Annual report on the lock hospitals of the Madras Presidency
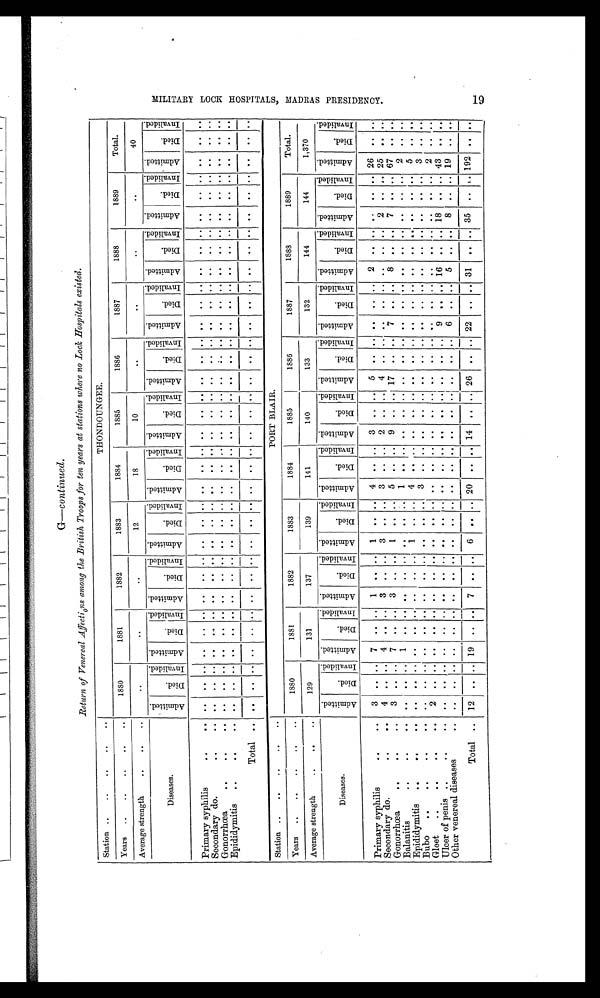
G—continued.
Return of Venereal Affections among the British Troops for ten years at stations where no Lock Hospitals existed.
Station ..
..
. .
. .
Years ..
. .
. . ..
1880
1881
1882
1883
1884
1885
1886
1887
1888
1889
Total.
Average strength
..
..
. .
. .
. .
. . 12
18
10
. .
..
. .
..
40
Diseases.
A d m i t t e d .
D i e d .
I n v a l i d e d .
A d m i t t e d .
D i e d .
I n v a l i d e d .
A d m i t t e d .
D i e d .
I n v a l i d e d .
A d m i t t e d .
D i e d .
I n v a l i d e d .
A d m i t t e d .
D i e d .
I n v a l i d e d .
A d m i t t e d .
D i e d .
I n v a l i d e d .
A d m i t t e d .
D i e d .
I n v a l i d e d .
A d m i t t e d .
D i e d .
I n v a l i d e d .
A d m i t t e d .
D i e d .
I n v a l i d e d .
A d m i t t e d .
D i e d .
I n v a l i d e d . A d m i t t e d .
D i e d .
I n v a l i d e d .
Primary syphilis
. .
. . . . ..
. . . .
. . . .
. .
. . . .
. .
. . . .
. .
. . . .
. .
. . . . . .
. . . . ..
. .
. . . .
. .
. .
. .
. .
. .
. .
. . . .
Secondary do.
. . .. . .
. .
. .
. .
. . . .
. .
. . . .
. .
. . . .
. .
. . . .
. .
. . . .
. . ..
. . ..
. .
. .
. .
. . . . . .
. .
. . . .
. .
. .
Gonorrhœa
. .
. .
.. . .
. .
. .
. .
. . . . . .
. . . .
. .
. . . .
. .
. . . .
. .
. . . .
. .
. .
. . ..
. .
. . . .
. . . .
. .
. .
. .
. .
. . . .
Epididymitis
..
. .
..
. .
. . . .
. .
. . . .
. .
. . . .
. .
. . . .
. .
. . . .
. .
. . . .
. . ..
. . ..
. .
. .
. .
. . . .
. .
. . . . . .
. . . .
Total .. . .
. .
. .
. .
. .
. . . .
. . . .
. .
. .
. . . .
. . . .
. .
. . . .
. .
. . . . ..
. .
. . . .
. .
. .
. .
. .
. . . .
. .
. .
Station ..
. . ..
. .
PORT BLAIR.
Years ..
..
. .
..
1880
1881
1882
1883
1884
1885
1886
1887
1888
1889
Total.
Average strength
..
. .
. .
129
131
137
139
141
140
133
132
144
144
1,370
Diseases.
A d m i t t e d .
D i e d .
I n v a l i d e d .
A d m i t t e d .
D i e d .
I n v a l i d e d .
A d m i t t e d .
D i e d .
I n v a l i d e d .
A d m i t t e d .
D i e d .
I n v a l i d e d .
A d m i t t e d .
D i e d .
I n v a l i d e d .
A d m i t t e d .
D i e d .
I n v a l i d e d .
A d m i t t e d .
D i e d .
I n v a l i d e d . A d m i t t e d .
D i e d .
I n v a l i d e d . A d m i t t e d .
D i e d .
I n v a l i d e d .
A d m i t t e d .
D i e d .
I n v a l i d e d .
A d m i t t e d .
D i e d .
I n v a l i d e d .
Primary syphilis
..
..
3
. . . . 7
. . . . 1
. . . . 1
. . . . 4
. . . .
3
. .
. . 5
. .
. .
. .
. .
. .
2
. . . .
. .
. .
. .
26
. . . .
Secondary do.
..
..
4 .. .. 4 .. .. 3 .. .. 3
. . . . 3
. . . . 2
. .
. .
4
. .
. .
..
. . . .
. .
. .
. .
2
. . . .
2 5 . . . .
Gonorrhœa
. .
..
..
3
. . . .
7 ..
3
. . . . 1
. . . . 5
. . . . 9
. .
. . 17
..
. .
7
. . . . 8
. .
. .
7
. .
. .
6 7 . . . .
Balanitis
. .
..
..
. .
. . . . 1
. .
. .
. .
. . . .
. .
. . . . 1
. . . .
. .
. . . .
. .
. . . . ..
. .
. .
. . . .
. .
. . . .
. . 2
. . . .
Epididymitis
..
..
..
. . .
. . . . . .
. .
. . . .
. .
. . 1
. . . . 4
. . . . . .
. .
. . . .
. . . . ..
. .
. . . .
. .
. .
. .
. .
. .
5
. . . .
Bubo
..
. .
..
..
. .
. . . . . .
. .
. .
. .
. .
. . . .
. .
. . 3
. .
. . . .
. . . .
. .
. .
. . ..
. .
. .
. .
. . . .
. .
. . . .
3
. . . .
Gleet. ..
. .
..
..
2
. . . .
. .
. . . . . .
. . . .
. .
. . . .
. .
. .
. . . .
. . ..•
. .
. .
. . ..
. . . .
. .
. .
. .
. .
. . . .
2
. . . .
U l c e r o f p e n i s . .
..
..
. .
. .
. . . .
. .
. .
. .
. . . .
. .
. . . .
. .
. . . .
. .
. . . . . .
. . . . 9
. . . .
16
. .
...
1 8
18
. .
.
43
. .
. .
Other venereal diseases
..
. .
. . . . . .
. .
. .
. .
. . . .
. .
. . . .
. . . . . .
. .
. .
. .
. .
. .
. . 6
. .
. . 5
. .
. . 8
. .
. .
19
. . . .
Total .. 12
. . . . 19
. .
. . 7 .. .. 6 .. .. 20 .. .. 14
. .
. . 26
. . . . 22
. .
. .
3 1
. . . .
3 5
. .
. .
192
. . . .
M I L I T A R Y L O O K H O S P I T A L S , M A D R A S P R E S I D E N O Y .
ID
111
rn